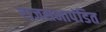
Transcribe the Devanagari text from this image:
राजसभापंडित